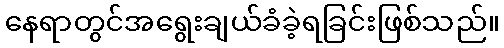
နေရာတွင်အရွေးချယ်ခံခဲ့ရခြင်းဖြစ်သည်။